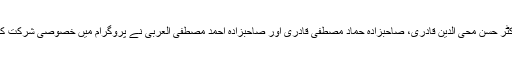
ڈاکٹر حسن محی الدین قادری، صاحبزادہ حماد مصطفیٰ قادری اور صاحبزادہ احمد مصطفیٰ العربی نے پروگرام میں خصوصی شرکت کی۔